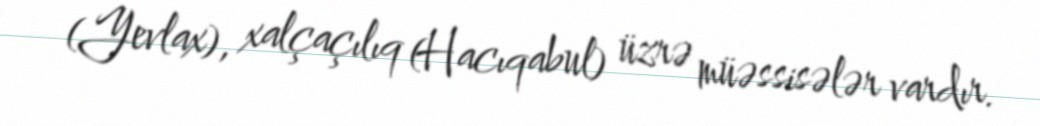
(Yevlax), xalçaçılıq (Hacıqabul) üzrə müəssisələr vardır.